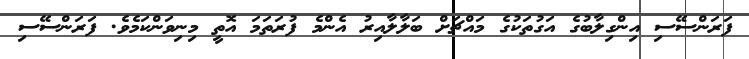
ފަރަންސޭސި އިންގިލާބުގެ އަގުތަކުގެ މައްޗަށް ބަލާލާއިރު އެންމެ ފުރަތަމަ އޮތީ މިނިވަންކަމެވެ. ފަރަންސޭސި